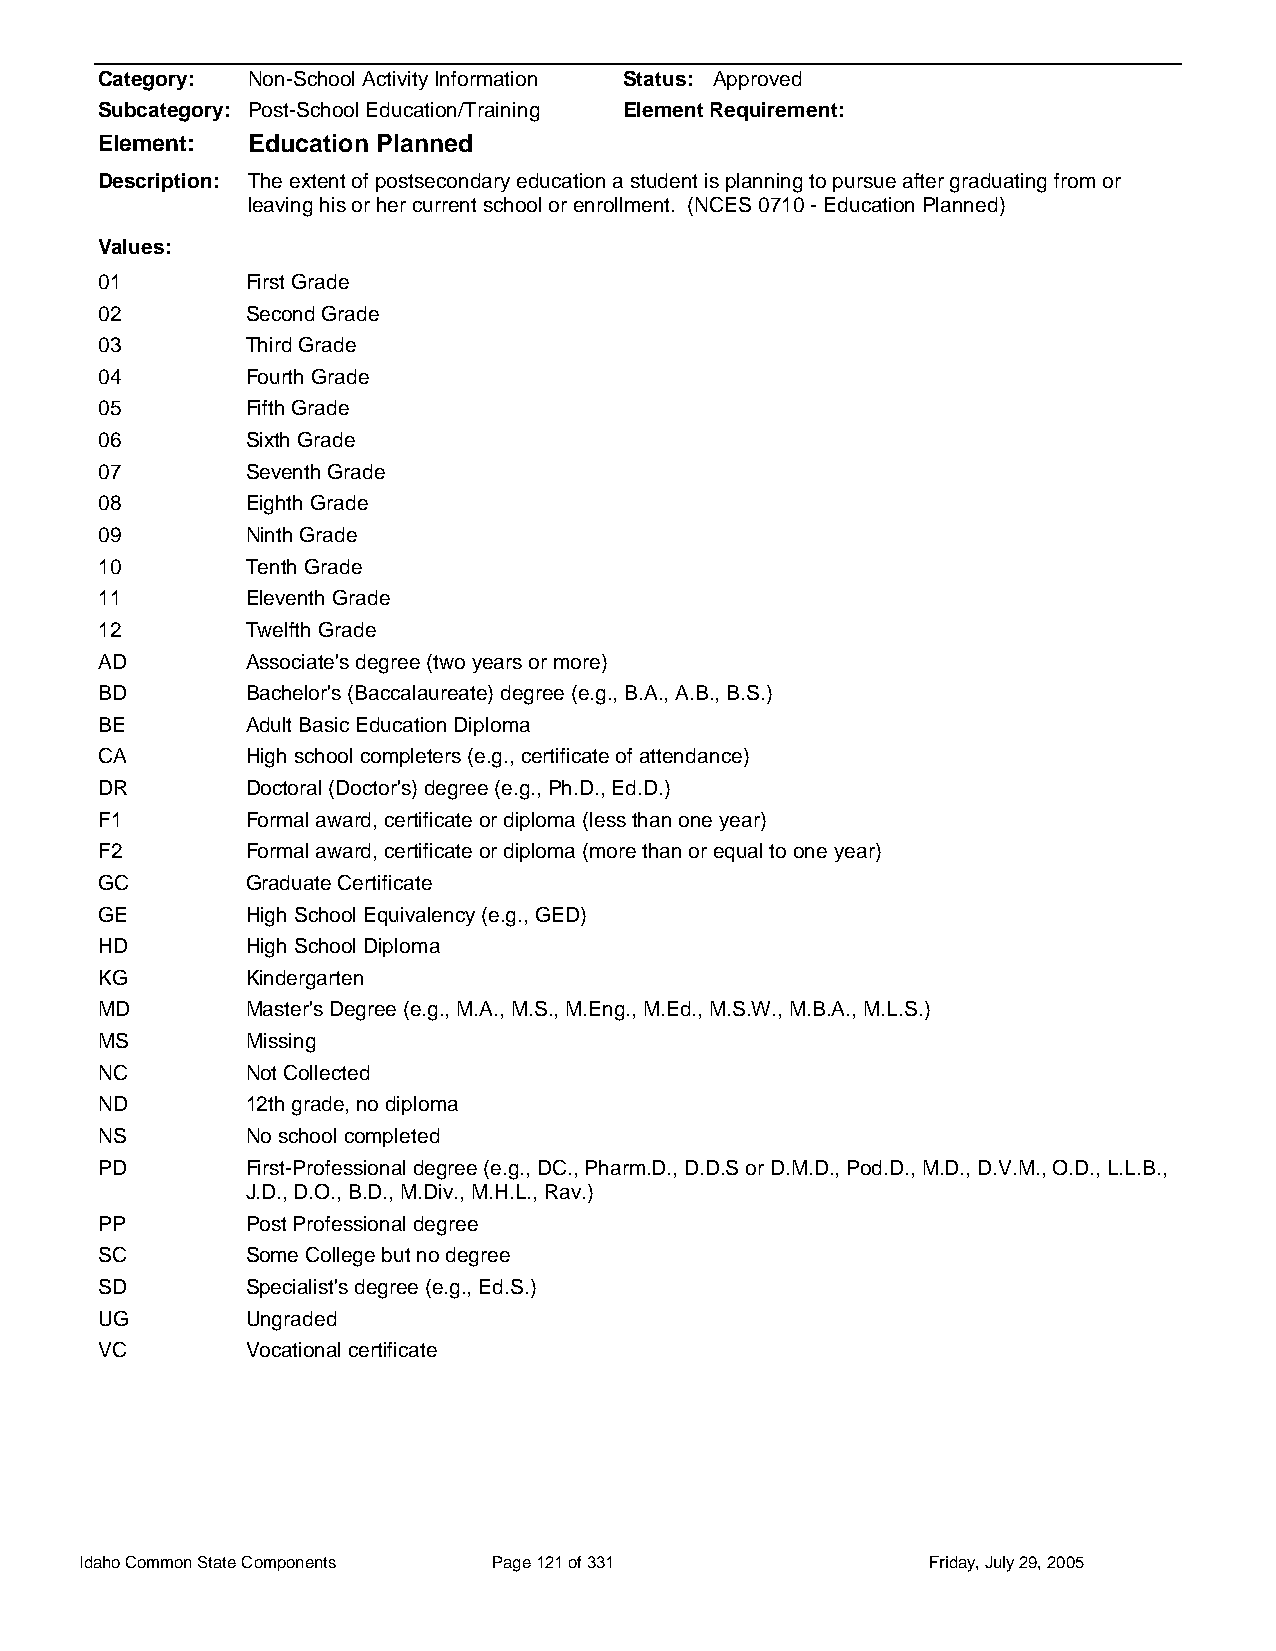
Category: Non-School Activity Information Status: Approved
 Subcategory: Post-School Education/Training Element Requirement:
 Element:  Education Planned
 Description: The extent of postsecondary education a student is planning to pursue after graduating from or
 leaving his or her current school or enrollment. (NCES 0710 - Education Planned)
 Values:
 01        First Grade
 02        Second Grade
 03        Third Grade
 04        Fourth Grade
 05        Fifth Grade
 06        Sixth Grade
 07        Seventh Grade
 08        Eighth Grade
 09        Ninth Grade
 10        Tenth Grade
 11        Eleventh Grade
 12        Twelfth Grade
 AD        Associate's degree (two years or more)
 BD        Bachelor's (Baccalaureate) degree (e.g., B.A., A.B., B.S.)
 BE        Adult Basic Education Diploma
 CA        High school completers (e.g., certificate of attendance)
 DR        Doctoral (Doctor's) degree (e.g., Ph.D., Ed.D.)
 F1        Formal award, certificate or diploma (less than one year)
 F2        Formal award, certificate or diploma (more than or equal to one year)
 GC        Graduate Certificate
 GE        High School Equivalency (e.g., GED)
 HD        High School Diploma
 KG        Kindergarten
 MD        Master's Degree (e.g., M.A., M.S., M.Eng., M.Ed., M.S.W., M.B.A., M.L.S.)
 MS        Missing
 NC        Not Collected
 ND        12th grade, no diploma
 NS        No school completed
 PD        First-Professional degree (e.g., DC., Pharm.D., D.D.S or D.M.D., Pod.D., M.D., D.V.M., O.D., L.L.B.,
 J.D., D.O., B.D., M.Div., M.H.L., Rav.)
 PP        Post Professional degree
 SC        Some College but no degree
 SD        Specialist's degree (e.g., Ed.S.)
 UG        Ungraded
 VC        Vocational certificate
 Idaho Common State Components Page 121 of 331           Friday, July 29, 2005